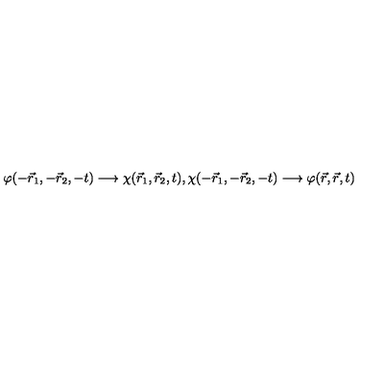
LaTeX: \varphi ( - \vec { r } _ { 1 } , - \vec { r } _ { 2 } , - t ) \longrightarrow \chi ( \vec { r } _ { 1 } , \vec { r } _ { 2 } , t ) , \chi ( - \vec { r } _ { 1 } , - \vec { r } _ { 2 } , - t ) \longrightarrow \varphi ( \vec { r } , \vec { r } , t )